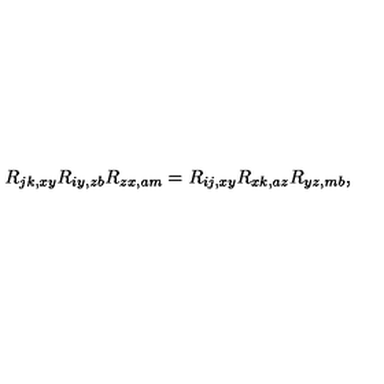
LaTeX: R _ { j k , x y } R _ { i y , z b } R _ { z x , a m } = R _ { i j , x y } R _ { x k , a z } R _ { y z , m b } ,